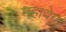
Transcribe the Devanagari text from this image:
महावेग